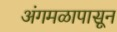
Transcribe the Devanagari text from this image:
अंगमळापासून